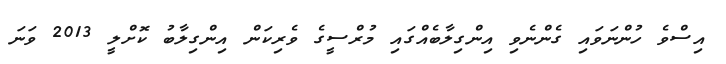
އިސްވެ ހުންނަވައި ގެންނެވި އިންގިލާބެއްގައި މުރްސީގެ ވެރިކަން އިންގިލާބު ކޮށްލީ 2013 ވަނަ